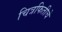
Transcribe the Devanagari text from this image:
चित्रफितीचे